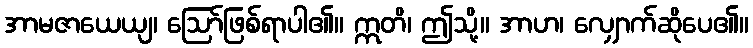
အာမဇာယေယျ၊ ဩော်ဖြစ်ရာပါ၏။ ဣတိ၊ ဤသို့။ အာဟ၊ လျှောက်ဆိုပေ၏။